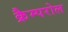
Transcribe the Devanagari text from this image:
क्रैम्परोल